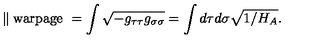
\parallel \mathrm { w a r p a g e \ } = \int \sqrt { - g _ { \tau \tau } g _ { \sigma \sigma } } = \int d \tau d \sigma \sqrt { 1 / H _ { A } } .